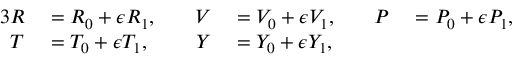
\begin{array} { r l r l r l } { { 3 } R } & { { } = { R } _ { 0 } + \epsilon { R } _ { 1 } , \quad } & { V } & { { } = { V } _ { 0 } + \epsilon { V } _ { 1 } , \quad } & { P } & { { } = { P } _ { 0 } + \epsilon { P } _ { 1 } , } \\ { T } & { { } = { T } _ { 0 } + \epsilon { T } _ { 1 } , } & { Y } & { { } = { Y } _ { 0 } + \epsilon { Y } _ { 1 } , } & { } & { { } } \end{array}